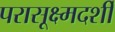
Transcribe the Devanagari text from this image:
परासूक्ष्मदर्शी